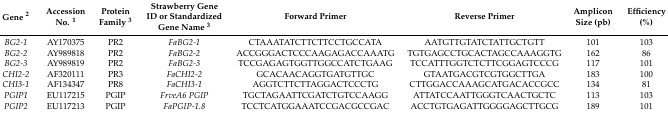
| Gene 2 | Accession No. 1 | Protein Family 3 | Strawberry Gene ID or Standardized Gene Name 3 | Forward Primer | Reverse Primer | Amplicon Size (pb) | Efficiency (%) |
 | --- | --- | --- | --- | --- | --- | --- | --- |
 | BG2-1 | AY170375 | PR2 | FaBG2-1 | CTAAATATCTTCTTCCTGCCATA | AATGTTGTATCTATTGCTGTT | 101 | 103 |
 | BG2-2 | AY989818 | PR2 | FaBG2-2 | ACCGGGACTCCCAAGAGACCAAATG | TGTGAGCCTGCACTAGCCAAAGGTG | 162 | 86 |
 | BG2-3 | AY989819 | PR2 | FaBG2-3 | TCCGAGAGTGGTTGGCCATCTGAAG | TCCATTTGGTCTCTTCGGAGTCCCG | 117 | 101 |
 | CHI2-2 | AF320111 | PR3 | FaCHI2-2 | GCACAACAGGTGATGTTGC | GTAATGACGTCGTGGCTTGA | 183 | 100 |
 | CHI3-1 | AF134347 | PR8 | FaCHI3-1 | AGGTCTTCTTAGGACTCCCTG | CTTGGACCAAAGCATGACACCGCC | 134 | 81 |
 | PGIP1 | EU117215 | PGIP | FrveA6 PGIP | TGCTAGAATTCGATCTGTCCAAGG | ATTATCCAATTGGGTCAACTGCTC | 113 | 103 |
 | PGIP2 | EU117213 | PGIP | FaPGIP-1.8 | TCCTCATGGAAATCCGACGCCGAC | ACCTGTGAGATTGGGGAGCTTGCG | 189 | 101 |